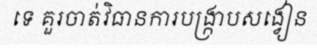
ទេ គួរចាត់វិធានការបង្ក្រាបសង្វៀន